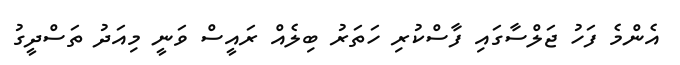
އެންމެ ފަހު ޖަލްސާގައި ފާސްކުރި ހަތަރު ބިލެއް ރައީސް ވަނީ މިއަދު ތަސްދީގު